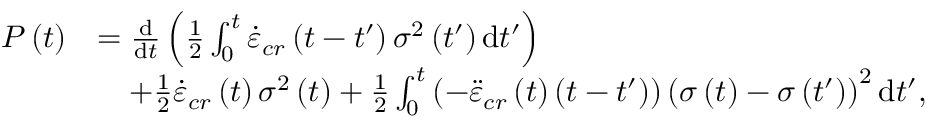
\begin{array} { r l } { P \left( t \right) } & { = \frac { \mathrm { d } } { \mathrm { d } t } \left( \frac { 1 } { 2 } \int _ { 0 } ^ { t } \dot { \varepsilon } _ { c r } \left( t - t ^ { \prime } \right) \sigma ^ { 2 } \left( t ^ { \prime } \right) \mathrm { d } t ^ { \prime } \right) } \\ & { \quad + \frac { 1 } { 2 } \dot { \varepsilon } _ { c r } \left( t \right) \sigma ^ { 2 } \left( t \right) + \frac { 1 } { 2 } \int _ { 0 } ^ { t } \left( - \ddot { \varepsilon } _ { c r } \left( t \right) \left( t - t ^ { \prime } \right) \right) \left( \sigma \left( t \right) - \sigma \left( t ^ { \prime } \right) \right) ^ { 2 } \mathrm { d } t ^ { \prime } , } \end{array}